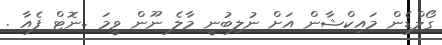
ގޯލްޑެން މައިކްޝާން އަށް ނުލިބުނީ މާލެ ނޫން ވީމަ ..ނޮޓް ފެއާ .